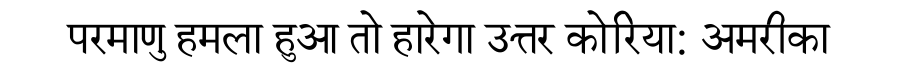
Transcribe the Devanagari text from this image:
परमाणु हमला हुआ तो हारेगा उत्तर कोरिया: अमरीका